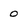
Character: o